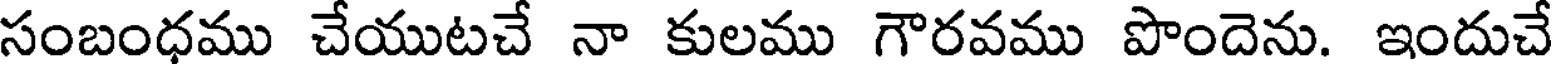
సంబంధము చేయుటచే నా కులము గౌరవము పొందెను. ఇందుచే